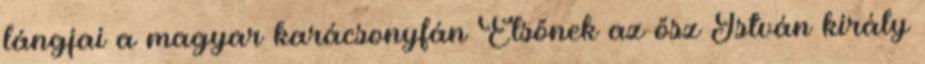
lángjai a magyar karácsonyfán Elsőnek az ősz István király